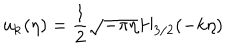
LaTeX: u _ { \bf k } ( \eta ) = \frac { 1 } { 2 } \sqrt { - \pi \eta } H _ { 3 / 2 } ( - k \eta )